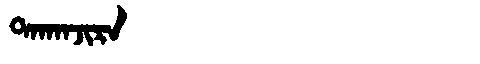
Manchu: ᡨᠠᡴᠠᠨᠵᡳᡵᠠ
Romanization: TAKANJIRA